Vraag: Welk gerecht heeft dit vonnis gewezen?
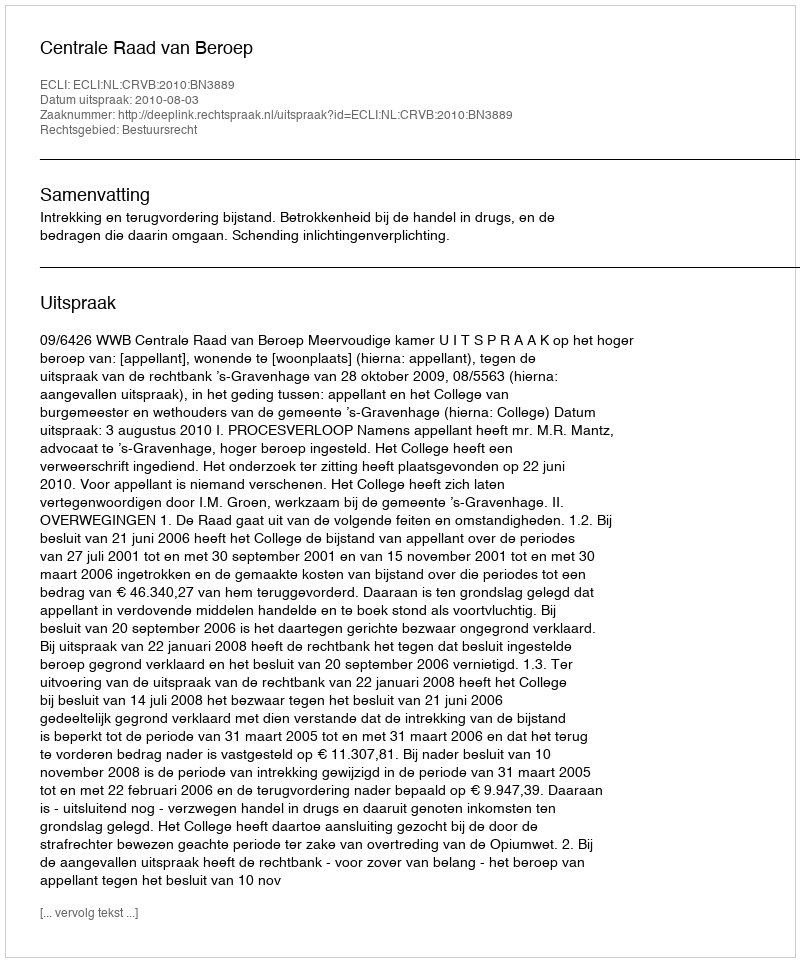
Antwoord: Centrale Raad van Beroep